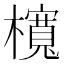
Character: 𣟂